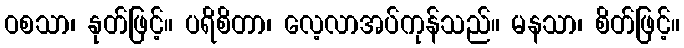
ဝစသာ၊ နုတ်ဖြင့်။ ပရိစိတာ၊ လေ့လာအပ်ကုန်သည်။ မနသာ၊ စိတ်ဖြင့်။